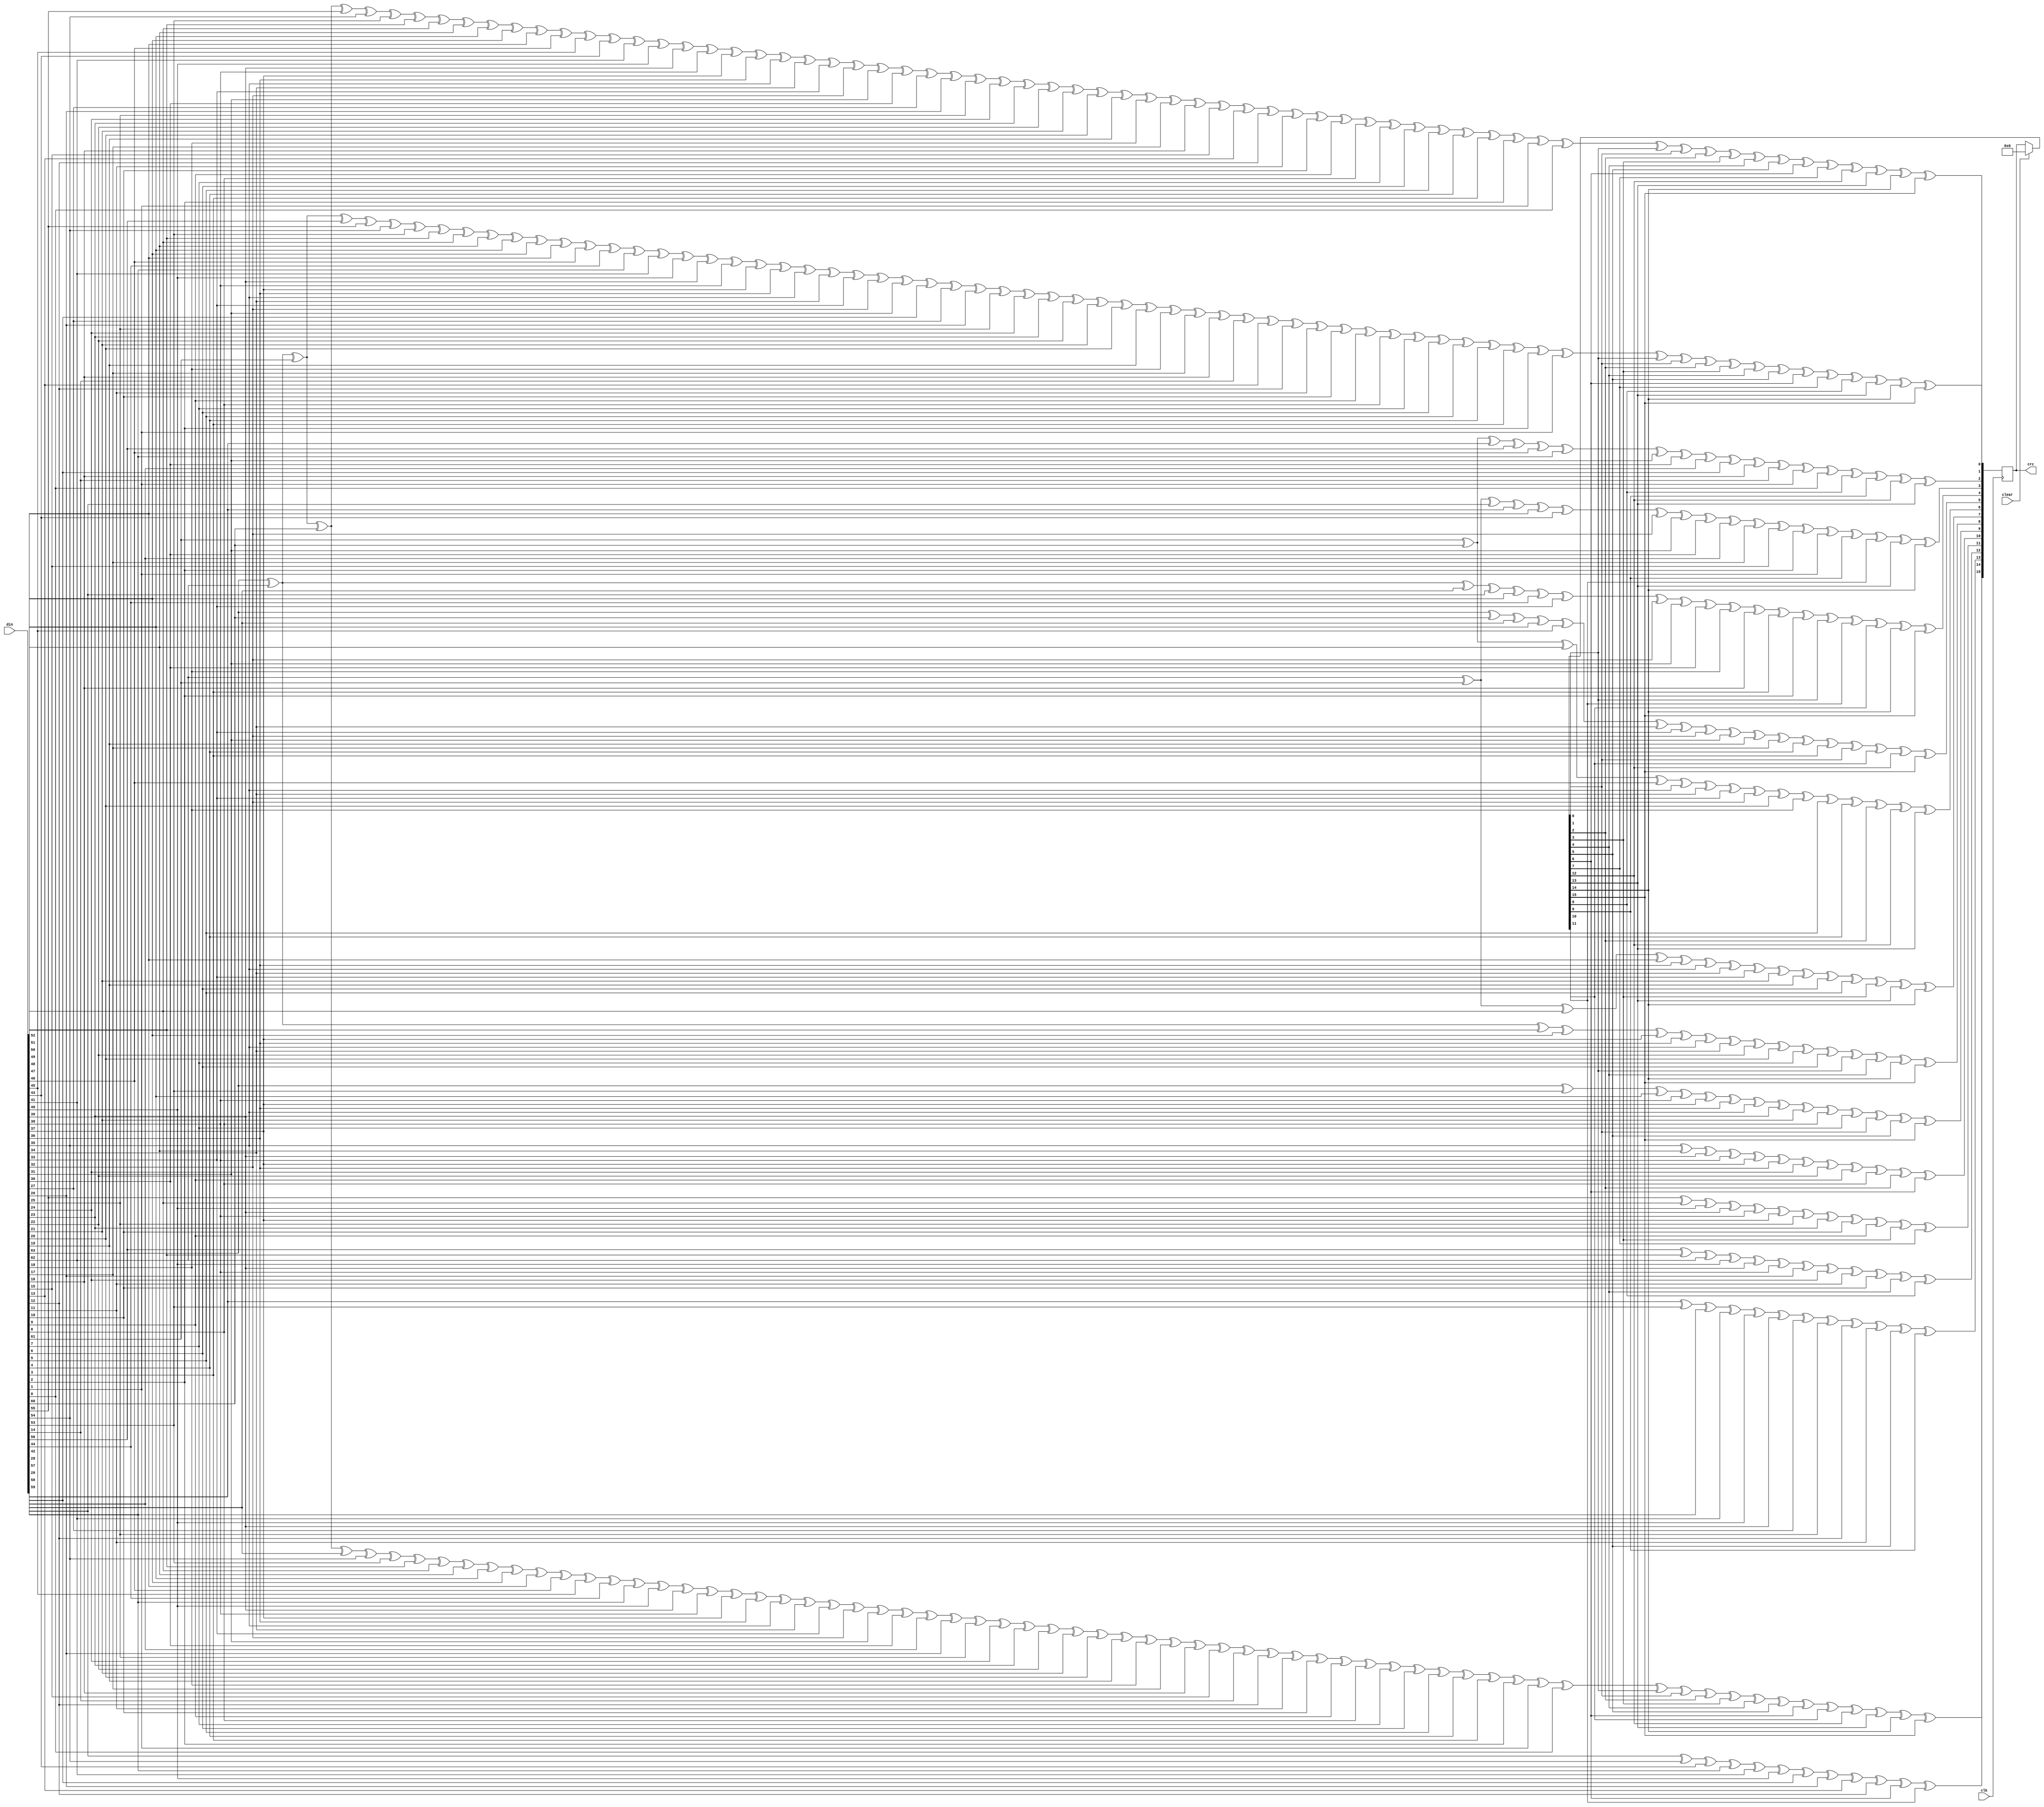
`timescale 1ns / 1ps
/***********************************************************************************************************************
*                                                                                                                      *
* ANTIKERNEL v0.1                                                                                                      *
*                                                                                                                      *
* Copyright (c) 2012-2016 Andrew D. Zonenberg                                                                          *
* All rights reserved.                                                                                                 *
*                                                                                                                      *
* Redistribution and use in source and binary forms, with or without modification, are permitted provided that the     *
* following conditions are met:                                                                                        *
*                                                                                                                      *
*    * Redistributions of source code must retain the above copyright notice, this list of conditions, and the         *
*      following disclaimer.                                                                                           *
*                                                                                                                      *
*    * Redistributions in binary form must reproduce the above copyright notice, this list of conditions and the       *
*      following disclaimer in the documentation and/or other materials provided with the distribution.                *
*                                                                                                                      *
*    * Neither the name of the author nor the names of any contributors may be used to endorse or promote products     *
*      derived from this software without specific prior written permission.                                           *
*                                                                                                                      *
* THIS SOFTWARE IS PROVIDED BY THE AUTHORS "AS IS" AND ANY EXPRESS OR IMPLIED WARRANTIES, INCLUDING, BUT NOT LIMITED   *
* TO, THE IMPLIED WARRANTIES OF MERCHANTABILITY AND FITNESS FOR A PARTICULAR PURPOSE ARE DISCLAIMED. IN NO EVENT SHALL *
* THE AUTHORS BE HELD LIABLE FOR ANY DIRECT, INDIRECT, INCIDENTAL, SPECIAL, EXEMPLARY, OR CONSEQUENTIAL DAMAGES        *
* (INCLUDING, BUT NOT LIMITED TO, PROCUREMENT OF SUBSTITUTE GOODS OR SERVICES; LOSS OF USE, DATA, OR PROFITS; OR       *
* BUSINESS INTERRUPTION) HOWEVER CAUSED AND ON ANY THEORY OF LIABILITY, WHETHER IN CONTRACT, STRICT LIABILITY, OR TORT *
* (INCLUDING NEGLIGENCE OR OTHERWISE) ARISING IN ANY WAY OUT OF THE USE OF THIS SOFTWARE, EVEN IF ADVISED OF THE       *
* POSSIBILITY OF SUCH DAMAGE.                                                                                          *
*                                                                                                                      *
***********************************************************************************************************************/

/**
	@file
	@author Andrew D. Zonenberg
	@brief CRC-16 (derived from easics.be generator)
	
	Original license:
	
	Copyright (C) 1999-2008 Easics NV.
	 This source file may be used and distributed without restriction
	 provided that this copyright statement is not removed from the file
	 and that any derivative work contains the original copyright notice
	 and the associated disclaimer.
	
	 THIS SOURCE FILE IS PROVIDED "AS IS" AND WITHOUT ANY EXPRESS
	 OR IMPLIED WARRANTIES, INCLUDING, WITHOUT LIMITATION, THE IMPLIED
	 WARRANTIES OF MERCHANTIBILITY AND FITNESS FOR A PARTICULAR PURPOSE.
	
	 Purpose : synthesizable CRC function
	   * polynomial: (0 2 15 16)
	   * data width: 64
	
	 Info : tools@easics.be
	        http://www.easics.com
 */
module CRC16Hasher(clk, clear, din, crc);

	input wire			clk;
	input wire[63:0]	din;
	input wire			clear;
	output reg[15:0]	crc = 0;

	//alias for more concise code
	wire[63:0] d = din;
	
	wire[15:0] c = clear ? 0 : crc;

	always @(posedge clk) begin
	
		if(clear)
			crc	<= 0;
	
		crc[0]  <= d[63] ^ d[62] ^ d[61] ^ d[60] ^ d[55] ^ d[54] ^ d[53] ^ d[52] ^ d[51] ^ d[50] ^ d[49] ^ d[48] ^ d[47] ^ d[46] ^ d[45] ^ d[43] ^ d[41] ^ d[40] ^ d[39] ^ d[38] ^ d[37] ^ d[36] ^ d[35] ^ d[34] ^ d[33] ^ d[32] ^ d[31] ^ d[30] ^ d[27] ^ d[26] ^ d[25] ^ d[24] ^ d[23] ^ d[22] ^ d[21] ^ d[20] ^ d[19] ^ d[18] ^ d[17] ^ d[16] ^ d[15] ^ d[13] ^ d[12] ^ d[11] ^ d[10] ^ d[9] ^ d[8] ^ d[7] ^ d[6] ^ d[5] ^ d[4] ^ d[3] ^ d[2] ^ d[1] ^ d[0] ^ c[0] ^ c[1] ^ c[2] ^ c[3] ^ c[4] ^ c[5] ^ c[6] ^ c[7] ^ c[12] ^ c[13] ^ c[14] ^ c[15];
		crc[1]  <= d[63] ^ d[62] ^ d[61] ^ d[56] ^ d[55] ^ d[54] ^ d[53] ^ d[52] ^ d[51] ^ d[50] ^ d[49] ^ d[48] ^ d[47] ^ d[46] ^ d[44] ^ d[42] ^ d[41] ^ d[40] ^ d[39] ^ d[38] ^ d[37] ^ d[36] ^ d[35] ^ d[34] ^ d[33] ^ d[32] ^ d[31] ^ d[28] ^ d[27] ^ d[26] ^ d[25] ^ d[24] ^ d[23] ^ d[22] ^ d[21] ^ d[20] ^ d[19] ^ d[18] ^ d[17] ^ d[16] ^ d[14] ^ d[13] ^ d[12] ^ d[11] ^ d[10] ^ d[9] ^ d[8] ^ d[7] ^ d[6] ^ d[5] ^ d[4] ^ d[3] ^ d[2] ^ d[1] ^ c[0] ^ c[1] ^ c[2] ^ c[3] ^ c[4] ^ c[5] ^ c[6] ^ c[7] ^ c[8] ^ c[13] ^ c[14] ^ c[15];
		crc[2]  <= d[61] ^ d[60] ^ d[57] ^ d[56] ^ d[46] ^ d[42] ^ d[31] ^ d[30] ^ d[29] ^ d[28] ^ d[16] ^ d[14] ^ d[1] ^ d[0] ^ c[8] ^ c[9] ^ c[12] ^ c[13];
		crc[3]  <= d[62] ^ d[61] ^ d[58] ^ d[57] ^ d[47] ^ d[43] ^ d[32] ^ d[31] ^ d[30] ^ d[29] ^ d[17] ^ d[15] ^ d[2] ^ d[1] ^ c[9] ^ c[10] ^ c[13] ^ c[14];
		crc[4]  <= d[63] ^ d[62] ^ d[59] ^ d[58] ^ d[48] ^ d[44] ^ d[33] ^ d[32] ^ d[31] ^ d[30] ^ d[18] ^ d[16] ^ d[3] ^ d[2] ^ c[0] ^ c[10] ^ c[11] ^ c[14] ^ c[15];
		crc[5]  <= d[63] ^ d[60] ^ d[59] ^ d[49] ^ d[45] ^ d[34] ^ d[33] ^ d[32] ^ d[31] ^ d[19] ^ d[17] ^ d[4] ^ d[3] ^ c[1] ^ c[11] ^ c[12] ^ c[15];
		crc[6]  <= d[61] ^ d[60] ^ d[50] ^ d[46] ^ d[35] ^ d[34] ^ d[33] ^ d[32] ^ d[20] ^ d[18] ^ d[5] ^ d[4] ^ c[2] ^ c[12] ^ c[13];
		crc[7]  <= d[62] ^ d[61] ^ d[51] ^ d[47] ^ d[36] ^ d[35] ^ d[34] ^ d[33] ^ d[21] ^ d[19] ^ d[6] ^ d[5] ^ c[3] ^ c[13] ^ c[14];
		crc[8]  <= d[63] ^ d[62] ^ d[52] ^ d[48] ^ d[37] ^ d[36] ^ d[35] ^ d[34] ^ d[22] ^ d[20] ^ d[7] ^ d[6] ^ c[0] ^ c[4] ^ c[14] ^ c[15];
		crc[9]  <= d[63] ^ d[53] ^ d[49] ^ d[38] ^ d[37] ^ d[36] ^ d[35] ^ d[23] ^ d[21] ^ d[8] ^ d[7] ^ c[1] ^ c[5] ^ c[15];
		crc[10] <= d[54] ^ d[50] ^ d[39] ^ d[38] ^ d[37] ^ d[36] ^ d[24] ^ d[22] ^ d[9] ^ d[8] ^ c[2] ^ c[6];
		crc[11] <= d[55] ^ d[51] ^ d[40] ^ d[39] ^ d[38] ^ d[37] ^ d[25] ^ d[23] ^ d[10] ^ d[9] ^ c[3] ^ c[7];
		crc[12] <= d[56] ^ d[52] ^ d[41] ^ d[40] ^ d[39] ^ d[38] ^ d[26] ^ d[24] ^ d[11] ^ d[10] ^ c[4] ^ c[8];
		crc[13] <= d[57] ^ d[53] ^ d[42] ^ d[41] ^ d[40] ^ d[39] ^ d[27] ^ d[25] ^ d[12] ^ d[11] ^ c[5] ^ c[9];
		crc[14] <= d[58] ^ d[54] ^ d[43] ^ d[42] ^ d[41] ^ d[40] ^ d[28] ^ d[26] ^ d[13] ^ d[12] ^ c[6] ^ c[10];
		crc[15] <= d[63] ^ d[62] ^ d[61] ^ d[60] ^ d[59] ^ d[54] ^ d[53] ^ d[52] ^ d[51] ^ d[50] ^ d[49] ^ d[48] ^ d[47] ^ d[46] ^ d[45] ^ d[44] ^ d[42] ^ d[40] ^ d[39] ^ d[38] ^ d[37] ^ d[36] ^ d[35] ^ d[34] ^ d[33] ^ d[32] ^ d[31] ^ d[30] ^ d[29] ^ d[26] ^ d[25] ^ d[24] ^ d[23] ^ d[22] ^ d[21] ^ d[20] ^ d[19] ^ d[18] ^ d[17] ^ d[16] ^ d[15] ^ d[14] ^ d[12] ^ d[11] ^ d[10] ^ d[9] ^ d[8] ^ d[7] ^ d[6] ^ d[5] ^ d[4] ^ d[3] ^ d[2] ^ d[1] ^ d[0] ^ c[0] ^ c[1] ^ c[2] ^ c[3] ^ c[4] ^ c[5] ^ c[6] ^ c[11] ^ c[12] ^ c[13] ^ c[14] ^ c[15];
	end

endmodule